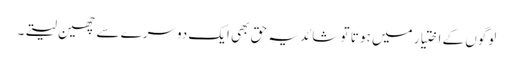
لوگوں کے اختیار میں ہو تا تو شائد یہ حق بھی ایک دوسرے سے چھین لیتے۔